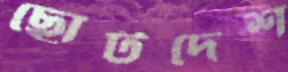
ছোটদেশ